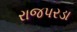
રાજપરડા